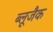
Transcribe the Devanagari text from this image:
ब्लूजैक